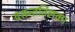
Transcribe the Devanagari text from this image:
वसन्ततिलका